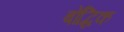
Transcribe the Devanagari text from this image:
बोद्धिक